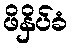
ဖိနှိပ်ခံ